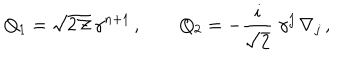
Q _ { 1 } = \sqrt { 2 { \cal Z } } \, \gamma ^ { n + 1 } \, , \qquad Q _ { 2 } = - \frac { i } { \sqrt { 2 } } \; \gamma ^ { j } \, \nabla _ { j } \, ,